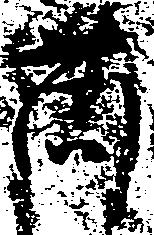
薗